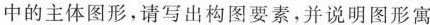
中的主体图形，请写出构图要素，并说明图形寓